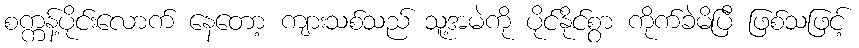
စက္ကန့်ပိုင်းလောက် နေတော့ ကျားသစ်သည် သူ့အမဲကို ပိုင်နိုင်စွာ ကိုက်ခဲမိပြီ ဖြစ်သဖြင့်